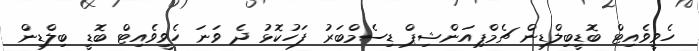
ހެވީވެއިޓް ބޮޑީބިލްޑިން ޗެމްޕިއަންޝިޕް ޑިސެމްބަރު ފަހުކޮޅު ދެ ވަނަ ހެވީވެއިޓް ބޮޑީ ބިލްޑިން